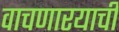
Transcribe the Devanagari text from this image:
वाचणारयाची